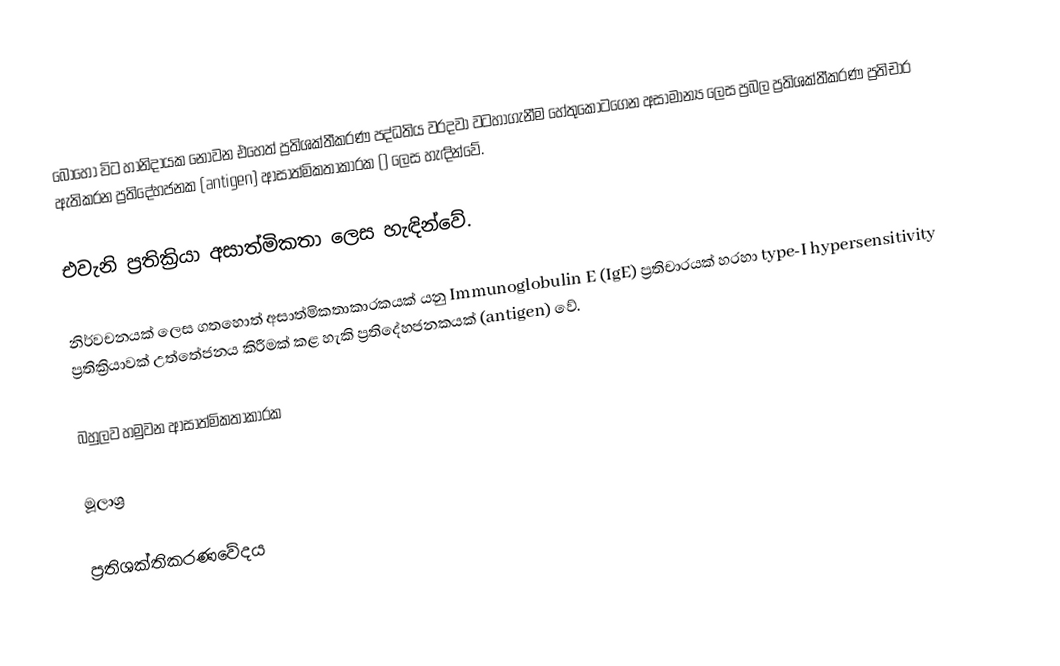
බොහෝ විට හානිදායක නොවන එහෙත් ප්‍රතිශක්තීකරණ පද්ධතිය වරදවා වටහාගැනීම හේතුකොටගෙන අසාමාන්‍ය ලෙස ප්‍රබල ප්‍රතිශක්තීකරණ ප්‍රතිචාර ඇතිකරන ප්‍රතිදේහජනක (antigen) ආසාත්මිකතාකාරක () ලෙස හැඳින්වේ.

එවැනි ප්‍රතික්‍රියා අසාත්මිකතා ලෙස හැඳින්වේ.

නිර්වචනයක් ලෙස ගතහොත් අසාත්මිකතාකාරකයක් යනු Immunoglobulin E (IgE) ප්‍රතිචාරයක් හරහා  type-I hypersensitivity ප්‍රතික්‍රියාවක් උත්තේජනය කිරීමක් කළ හැකි ප්‍රතිදේහජනකයක් (antigen) වේ.

බහුලව හමුවන ආසාත්මිකතාකාරක

මූලාශ්‍ර

ප්‍රතිශක්තිකරණවේදය